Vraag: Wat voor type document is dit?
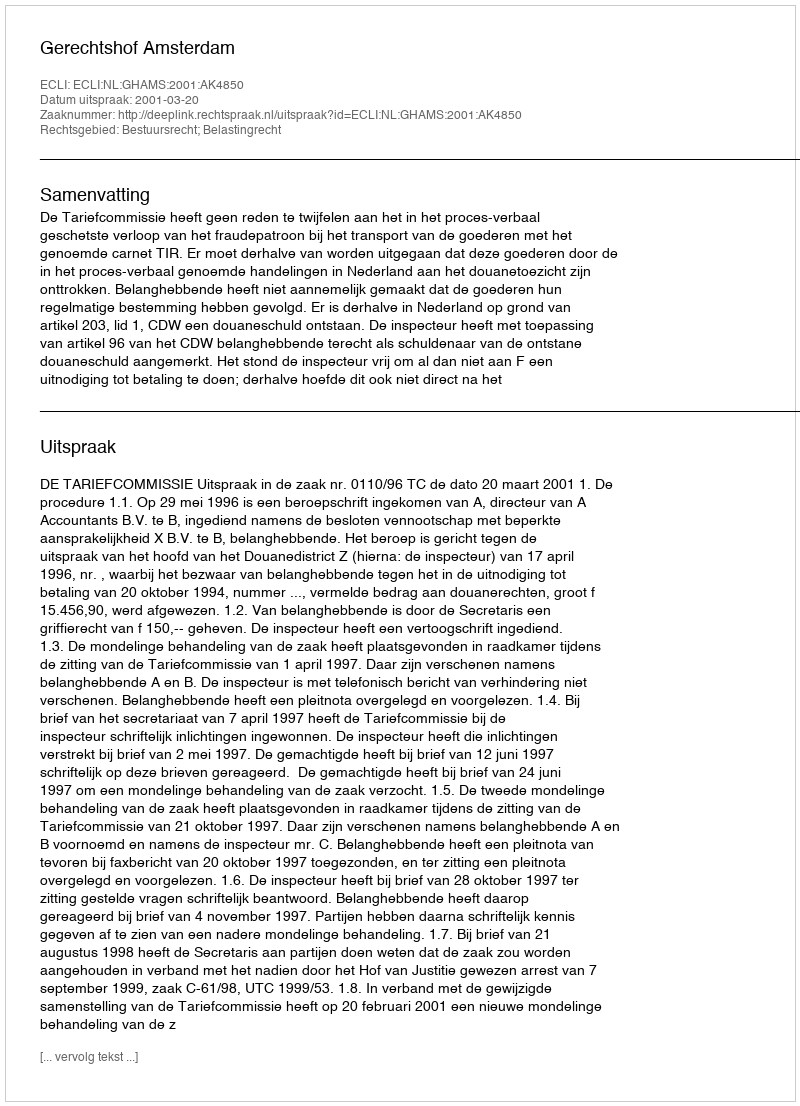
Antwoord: Uitspraak